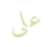
على